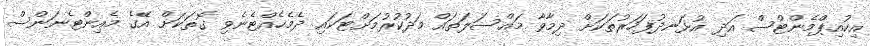
އިކުއިޕްމެންޓްސް އަދި އުޅަނދުފަހަރުތަކަށް ދިމާވާ މައްސަލަތައް މަދުކުރުމަށްޓަކައި ދެމެހެއްޓެނެވި ގޮތަކަށް އޭގެ މެއިންޓެނަންސް